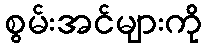
စွမ်းအင်များကို